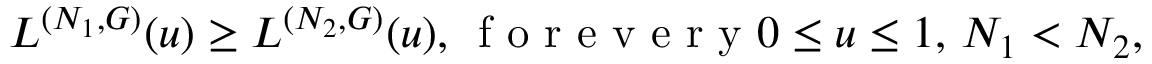
L ^ { ( N _ { 1 } , G ) } ( u ) \ge L ^ { ( N _ { 2 } , G ) } ( u ) , \, \mathrm { ~ f ~ o ~ r ~ e ~ v ~ e ~ r ~ y ~ } 0 \le u \le 1 , \, N _ { 1 } < N _ { 2 } ,